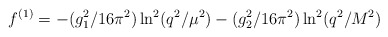
\begin{align*}f^{(1)} = -(g_1^2/16 \pi^2) \ln^2(q^2/ \mu^2) - (g_2^2/16 \pi^2) \ln^2(q^2/ M^2)\end{align*}